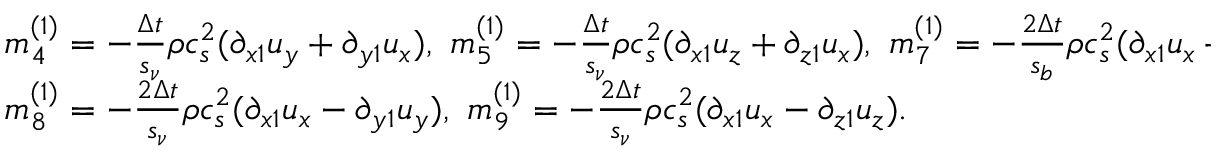
\begin{array} { l } { m _ { 4 } ^ { ( 1 ) } = - \frac { { \Delta t } } { { { s _ { \nu } } } } \rho c _ { s } ^ { 2 } ( { \partial _ { x 1 } } { u _ { y } } + { \partial _ { y 1 } } { u _ { x } } ) , ~ m _ { 5 } ^ { ( 1 ) } = - \frac { { \Delta t } } { { { s _ { \nu } } } } \rho c _ { s } ^ { 2 } ( { \partial _ { x 1 } } { u _ { z } } + { \partial _ { z 1 } } { u _ { x } } ) , ~ m _ { 7 } ^ { ( 1 ) } = - \frac { { 2 \Delta t } } { { { s _ { b } } } } \rho c _ { s } ^ { 2 } ( { \partial _ { x 1 } } { u _ { x } } + { \partial _ { y 1 } } { u _ { y } } + { \partial _ { z 1 } } { u _ { z } } ) , } \\ { m _ { 8 } ^ { ( 1 ) } = - \frac { { 2 \Delta t } } { { { s _ { \nu } } } } \rho c _ { s } ^ { 2 } ( { \partial _ { x 1 } } { u _ { x } } - { \partial _ { y 1 } } { u _ { y } } ) , ~ m _ { 9 } ^ { ( 1 ) } = - \frac { { 2 \Delta t } } { { { s _ { \nu } } } } \rho c _ { s } ^ { 2 } ( { \partial _ { x 1 } } { u _ { x } } - { \partial _ { z 1 } } { u _ { z } } ) . } \end{array}